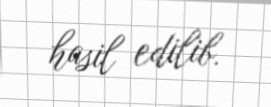
hasil edilib.